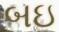
બઇ